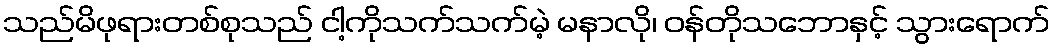
သည်မိဖုရားတစ်စုသည် ငါ့ကိုသက်သက်မဲ့ မနာလို၊ ဝန်တိုသဘောနှင့် သွားရောက်